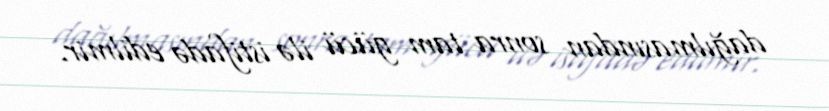
dağılmasından sonra tam gücü ilə istifadə edilmir.